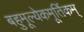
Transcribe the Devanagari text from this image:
बहुमूल्येकमूर्तिकम्‌